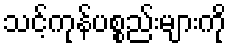
သင့်ကုန်ပစ္စည်းများကို